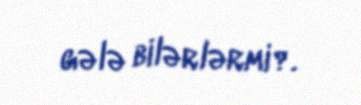
gələ bilərlərmi?.